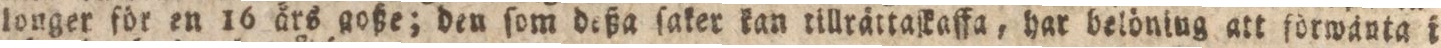
longer för en 16 års goiße; den ſom deßa ſaker kan tillrättaſkaffa, har belöning att förwäuta i